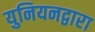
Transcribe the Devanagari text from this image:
युनियनद्वारा